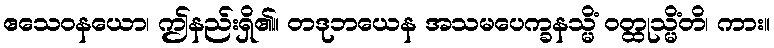
ဧသေဝနယော၊ ဤနည်းရှိ၏။ တဒုဘယေန အသမပေက္ခနသ္မိံ ဝတ္ထုသ္မိံတိ၊ ကား။